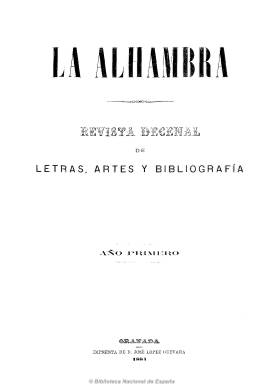
Título: La Alhambra (Granada. 1884)
Colección: Literatura || Historia
Ámbito geográfico: Granada
Lugar de publicación: Granada
Fechas: 10/01/1884-29/02/1924

Revista dedicada a las artes y las letras en la que colaboraron escritores como Juan F. Riaño, Santiago Rusiñol, Ricardo Santa Cruz o Eduardo Bustamante. Incluye artículos literarios y artísticos, críticas de obras y espectáculos, biografías, cuadros de costumbres populares granadinos, leyendas y tradiciones locales, etc.

Las ilustraciones son de gran valor documental como las reproducciones de esculturas del Centro Artístico de Granada, además ofrece en algunos números láminas de piezas de música u hojas de dibujo para bordados. A partir del n. 6 incluye publicidad de comercios y locales.